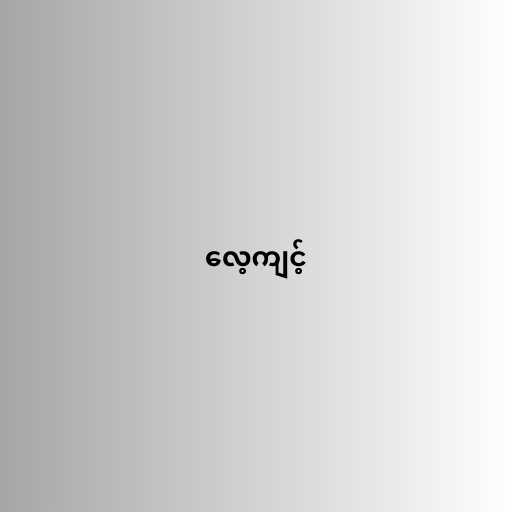
လေ့ကျင့်